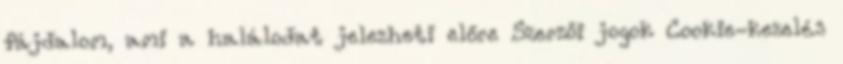
fájdalom, ami a halálodat jelezheti előre Szerzői jogok Cookie-kezelés